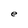
Character: e